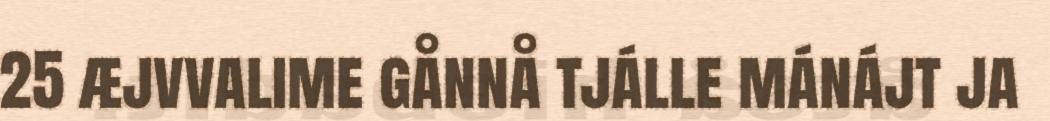
25 æjvvalime gånnå tjálle mánájt ja